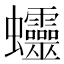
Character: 𧖜